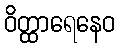
ဝိတ္ထာရေနေဝ